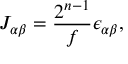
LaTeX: J _ { \alpha \beta } = \frac { 2 ^ { n - 1 } } { f } \epsilon _ { \alpha \beta } ,